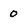
Character: 0